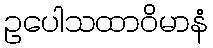
ဥပေါသထာဝိမာနံ